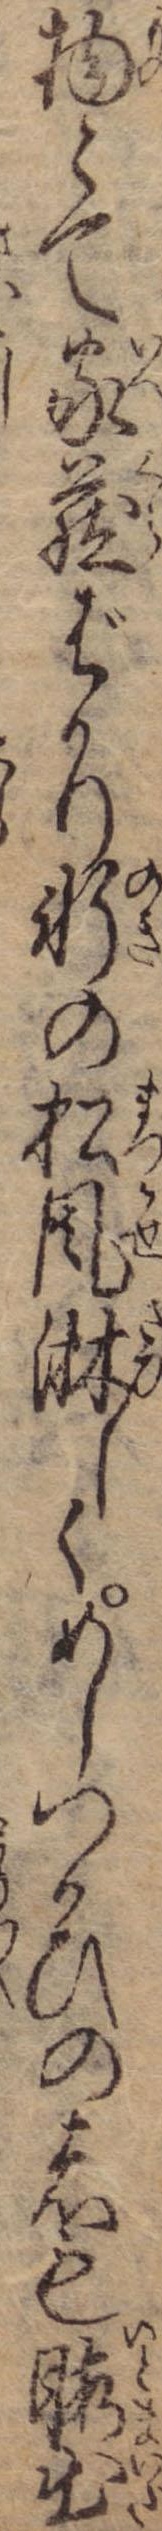
物とて家蔵ばかり軒の松風淋しくめしつかひの者も暇出